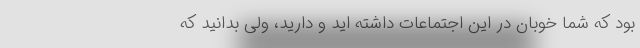
بود که شما خوبان در این اجتماعات داشته اید و دارید، ولی بدانید که